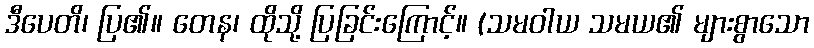
ဒီပေတိ၊ ပြ၏။ တေန၊ ထိုသို့ ပြခြင်းကြောင့်။ (သမဝါယ သမယ၏ များစွာသော